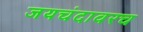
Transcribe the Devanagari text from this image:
जयचंदावरच